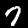
Label: 7